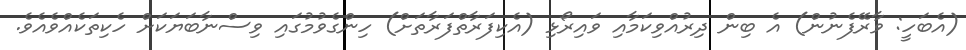
(އެބަހީ: ވާރޭފެނުން) އެ ބިން ދިރުއްވިކަމާއި ވައިރޯޅި (އެކިފަރާތްފަރާތަށް) ހިންގެވުމުގައި ވިސްނާބަޔަކަށް ހެކިތަކެއްވެއެވެ.